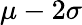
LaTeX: \mu-2\sigma